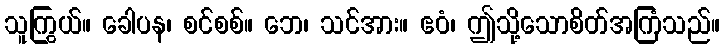
သူကြွယ်။ ခေါပန၊ စင်စစ်။ ဘေ၊ သင်အား။ ဧဝံ၊ ဤသို့သောစိတ်အကြံသည်။